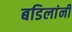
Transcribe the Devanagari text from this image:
बडिलांनी